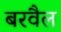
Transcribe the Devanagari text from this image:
बरवैल